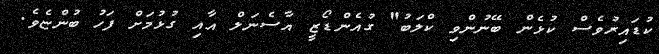
ކުޑައިރުވެސް ކުޅެން ބޭނުންވި ކްލަބު" ގުއެންޑޯޒީ އާސެނަލް އާއި ގުޅުމަށް ފަހު ބުންޏެވެ.